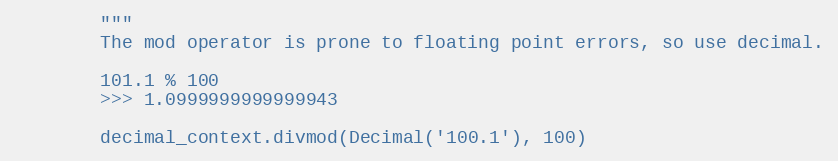
Language: Python
        """
        The mod operator is prone to floating point errors, so use decimal.

        101.1 % 100
        >>> 1.0999999999999943

        decimal_context.divmod(Decimal('100.1'), 100)